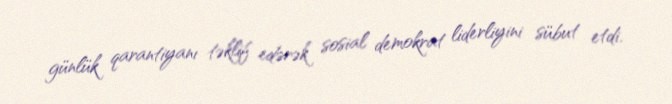
günlük qarantiyanı təklif edərək sosial demokrat liderliyini sübut etdi.